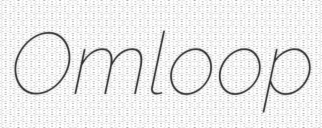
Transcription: Omloop